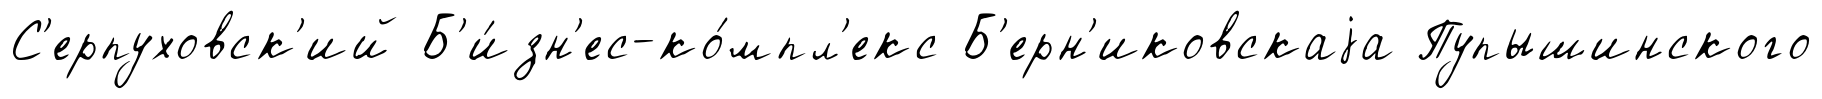
С'ерпуховск'ий Б'и́зн'ес-ко́мпл'екс Б'ерн'иковскаjа Пупышинского